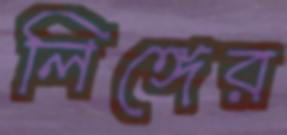
লিঙ্গের